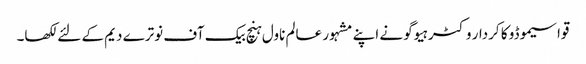
قواسیموڈو کا کردار وکٹر ہیوگو نے اپنے مشہور عالم ناول ہنچ بیک آف نوترے دیم کے لئے لکھا۔